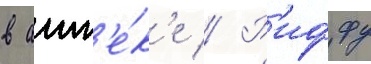
в апт'е́к'е // Р'иффу